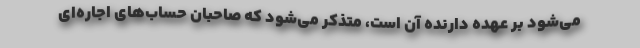
می‌شود بر عهده دارنده آن است، متذکر می‌شود که صاحبان حساب‌های اجاره‌ای